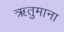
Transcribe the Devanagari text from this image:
ऋतुमाना